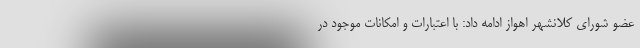
عضو شورای کلانشهر اهواز ادامه داد: با اعتبارات و امکانات موجود در